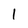
Character: l